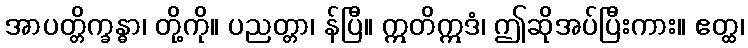
အာပတ္တိက္ခန္ဓာ၊ တို့ကို။ ပညတ္တာ၊ န်ပြီ။ ဣတိဣဒံ၊ ဤဆိုအပ်ပြီးကား။ ဧတ္ထ၊